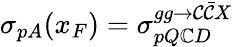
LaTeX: \sigma_{pA}(x_{F})=\sigma_{pQ\mathbb{C}D}^{gg\to\mathcal{C}\bar{{\mathcal{C}}}X}